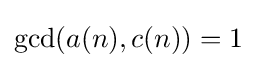
{\textstyle \gcd(a(n),c(n))=1}